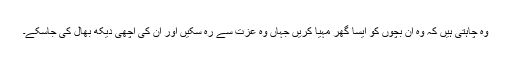
وہ چاہتی ہیں کہ وہ ان بچوں کو ایسا گھر مہیا کریں جہاں وہ عزت سے رہ سکیں اور ان کی اچھی دیکھ بھال کی جاسکے۔